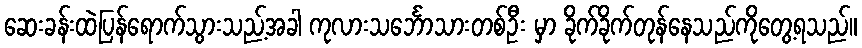
ဆေးခန်းထဲပြန်ရောက်သွားသည့်အခါ ကုလားသင်္ဘောသားတစ်ဦး မှာ ခိုက်ခိုက်တုန်နေသည်ကိုတွေ့ရသည်။